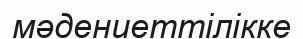
мәдениеттілікке